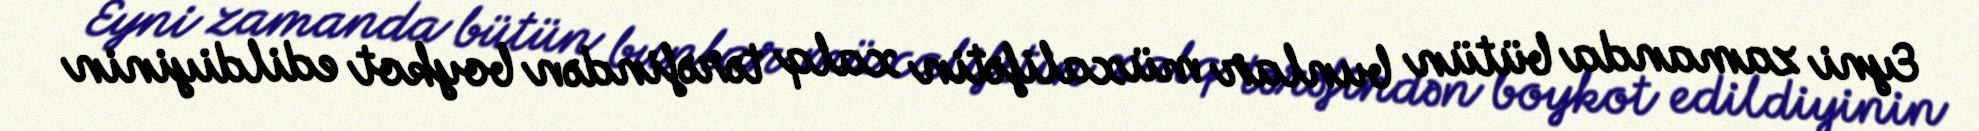
Eyni zamanda bütün bunlar müxalifətin xalq tərəfindən boykot edildiyinin